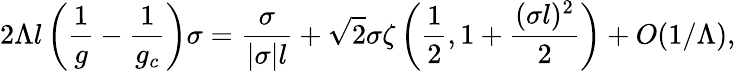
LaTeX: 2\Lambda l\left(\frac{1}{g}-\frac{1}{g_{c}}\right)\sigma=\frac{\sigma}{|\sigma|l}+\sqrt{2}\sigma\zeta\left(\frac{1}{2},1+\frac{(\sigma l)^{2}}{2}\right)+O(1/\Lambda),